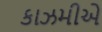
કાઝમીએ